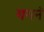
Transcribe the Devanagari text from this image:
गगनं